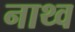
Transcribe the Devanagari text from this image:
नाथ्व